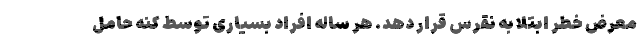
معرض خطر ابتلا به نقرس قرار دهد. هر ساله افراد بسیاری توسط کنه حامل